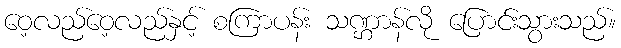
ဝေ့လည်ဝေ့လည်နှင့် စကြာပန်း သဏ္ဌာန်လို ပြောင်းသွားသည်။